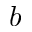
\boldsymbol { b }